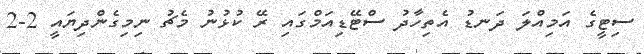
ސިޓީގެ އަމިއްލަ ދަނޑު އެތިހާދު ސްޓޭޑިއަމްގައި ރޭ ކުޅުނު މެޗު ނިމިގެންދިޔައީ 2-2